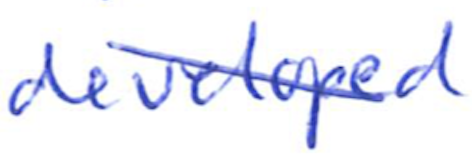
Text: developed
Cross-out: diagonal
Writing tool: ballpoint